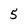
Character: 5